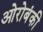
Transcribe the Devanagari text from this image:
ओरोबंकी